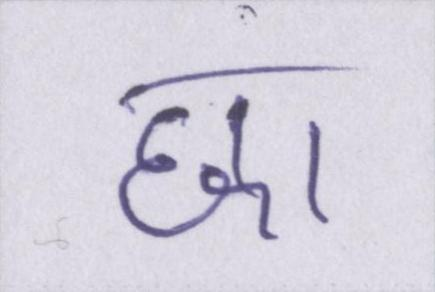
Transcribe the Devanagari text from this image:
छा